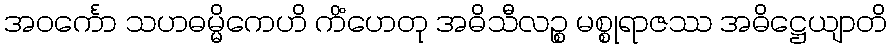
အဝင်္ကော သဟဓမ္မိကေဟိ ကိံဟေတု အဓိသီလဉ္စ မစ္စုရာဇဿ အဓိဋ္ဌေယျာတိ